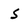
Character: 5